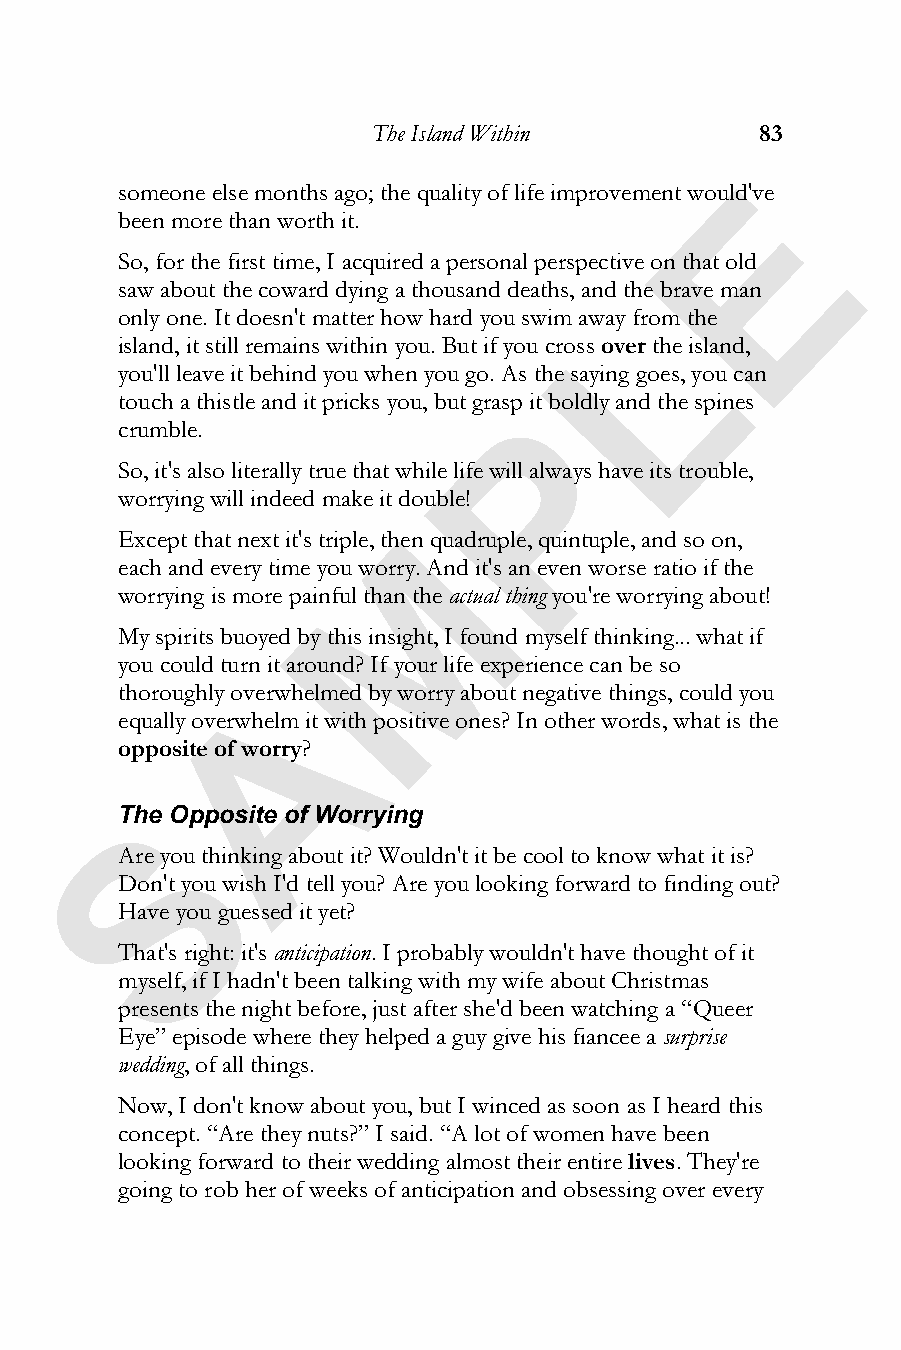
The Island Within        83
 E
 someone else months ago; the quality of life improvement would've
 been more than worth it.
 So, for the first time, I acquired a personal perspective on that old
 saw about the coward dying a thousand deaths, and the brave man
 L
 only one. It doesn't matter how hard you swim away from the
 island, it still remains within you. But if you cross over the island,
 you'll leave it behind you when you go. As the saying goes, you can
 touch a thistle and it pricks you, but graspP it boldly and the spines
 crumble.
 So, it's also literally true that while life will always have its trouble,
 worrying will indeed make it double!
 M
 Except that next it's triple, then quadruple, quintuple, and so on,
 each and every time you worry. And it's an even worse ratio if the
 worrying is more painful than theactual thing you're worrying about!
 My spirits buoyed by this insight, I found myself thinking... what if
 you could turn it around? If your life experience can be so
 A
 thoroughly overwhelmed by worry about negative things, could you
 equally overwhelm it with positive ones? In other words, what is the
 opposite of worry?
 S
 The Opposite of Worrying
 Are you thinking about it? Wouldn't it be cool to know what it is?
 Don't you wish I'd tell you? Are you looking forward to finding out?
 Have you guessed it yet?
 That's right: it's anticipation. I probably wouldn't have thought of it
 myself, if I hadn't been talking with my wife about Christmas
 presents the night before, just after she'd been watching a “Queer
 Eye” episode where they helped a guy give his fiancee a surprise
 wedding, of all things.
 Now, I don't know about you, but I winced as soon as I heard this
 concept. “Are they nuts?” I said. “A lot of women have been
 looking forward to their wedding almost their entire lives. They're
 going to rob her of weeks of anticipation and obsessing over every